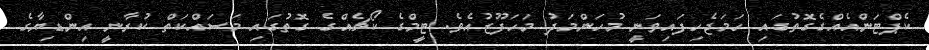
ކެޕްޓަންއެއްގެގޮތުގައި ހަމަޖެހިފައިވަނީ މުހަންމަދު މަހަފޫޒުއެވެ. ޓީމްގެ ކޯޗެއްގެ ގޮތުގައި މަސައްކަތް ކުރާނީ އިންޑިޔާގެ